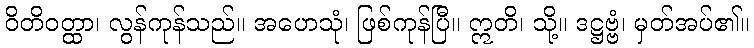
ဝိတိဝတ္ထာ၊ လွန်ကုန်သည်။ အဟေသုံ၊ ဖြစ်ကုန်ပြီ။ ဣတိ၊ သို့။ ဒဋ္ဌဗ္ဗံ၊ မှတ်အပ်၏။